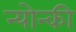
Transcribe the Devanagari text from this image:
न्योन्की